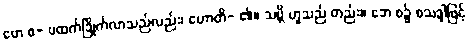
ဗော စ- ဗထက်ခြိုက်လာသည်လည်း၊ ဟောတိ- ၏။ သဗ္ဘိ ဟူသည် တည်း။ ဘေ စ၌ စသဒ္ဒါဖြင့်